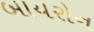
બાયરોન